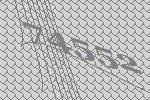
74552